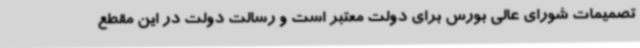
تصمیمات شورای عالی بورس برای دولت معتبر است و رسالت دولت در این مقطع